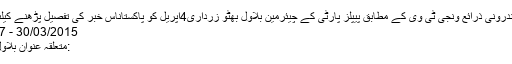
پیر کو پیپلز پارٹی کے اندرونی ذرائع ونجی ٹی وی کے مطابق پیپلز پارٹی کے چیئرمین بلاول بھٹو زرداری4اپریل کو پاکستاناس خبر کی تفصیل پڑھنے کیلئے یہاں پر کلک کیجئے
30/03/2015 - 14:30:37 :وقت اشاعت
:متعلقہ عنوان بلاول بھٹو زرداریبلاول بھٹو